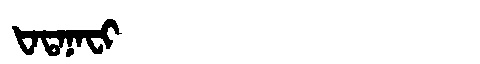
Manchu: ᡶᠠᡨᠠᠨᠠᠸᡳ
Romanization: FATANAFI